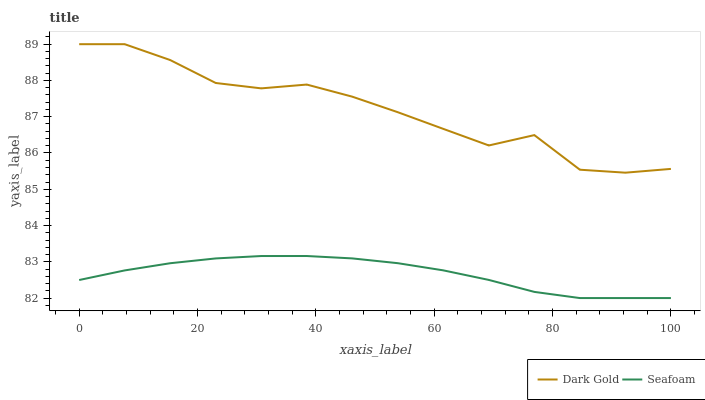
| xaxis_label | Dark Gold | Seafoam |
 | --- | --- | --- |
 | 0 | 89 | 82.5 |
 | 7.69 | 89 | 82.8 |
 | 15.4 | 88.6 | 83 |
 | 23.1 | 87.9 | 83.1 |
 | 30.8 | 87.8 | 83.2 |
 | 38.5 | 87.9 | 83.2 |
 | 46.2 | 87.6 | 83.1 |
 | 53.8 | 87.1 | 83 |
 | 61.5 | 86.7 | 82.8 |
 | 69.2 | 86.2 | 82.5 |
 | 76.9 | 86.5 | 82.2 |
 | 84.6 | 85.5 | 82 |
 | 92.3 | 85.5 | 82 |
 | 100 | 85.6 | 82 |